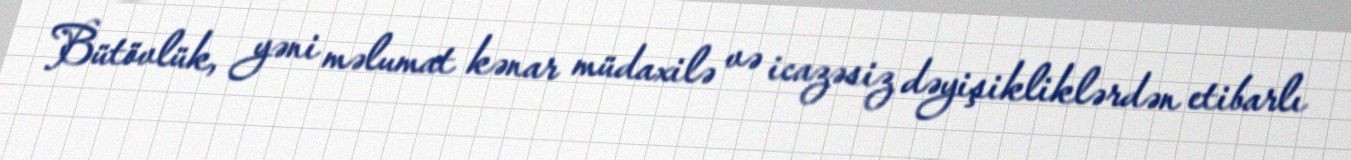
Bütövlük, yəni məlumat kənar müdaxilə və icazəsiz dəyişikliklərdən etibarlı